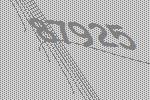
87925